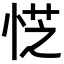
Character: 𪫿